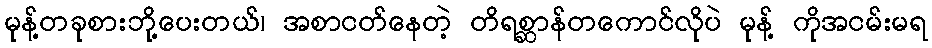
မုန့်တခုစားဘို့ပေးတယ်၊ အစာငတ်နေတဲ့ တိရစ္ဆာန်တကောင်လိုပဲ မုန့် ကိုအငမ်းမရ